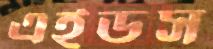
এইডস